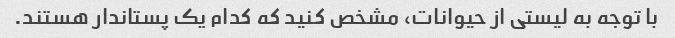
با توجه به لیستی از حیوانات، مشخص کنید که کدام یک پستاندار هستند.